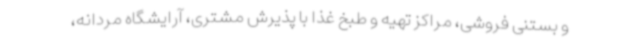
و بستنی فروشی، مراکز تهیه و طبخ غذا با پذیرش مشتری، آرایشگاه مردانه،